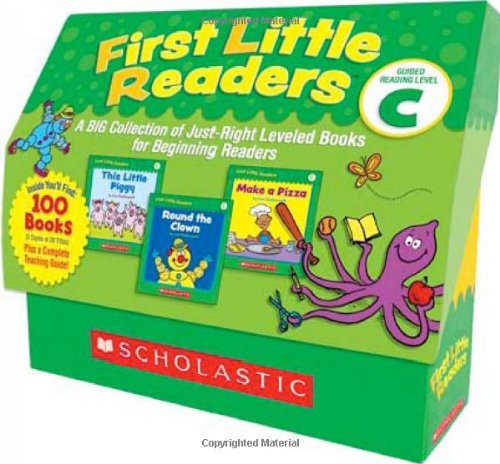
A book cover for First Little Readers: Guided Reading Level C: A Big Collection of Just-Right Leveled Books for Beginning Readers; Liza Charlesworth; Education & Teaching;